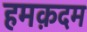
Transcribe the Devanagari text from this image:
हमक़दम